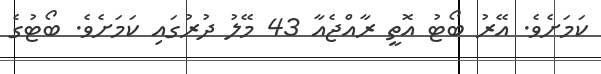
ކަމަށެވެ. އޭރު ބޯޓު އޮތީ ރާއްޖެއާ 43 މޭލު ދުރުގައި ކަމަށެވެ. ބޯޓުގެ